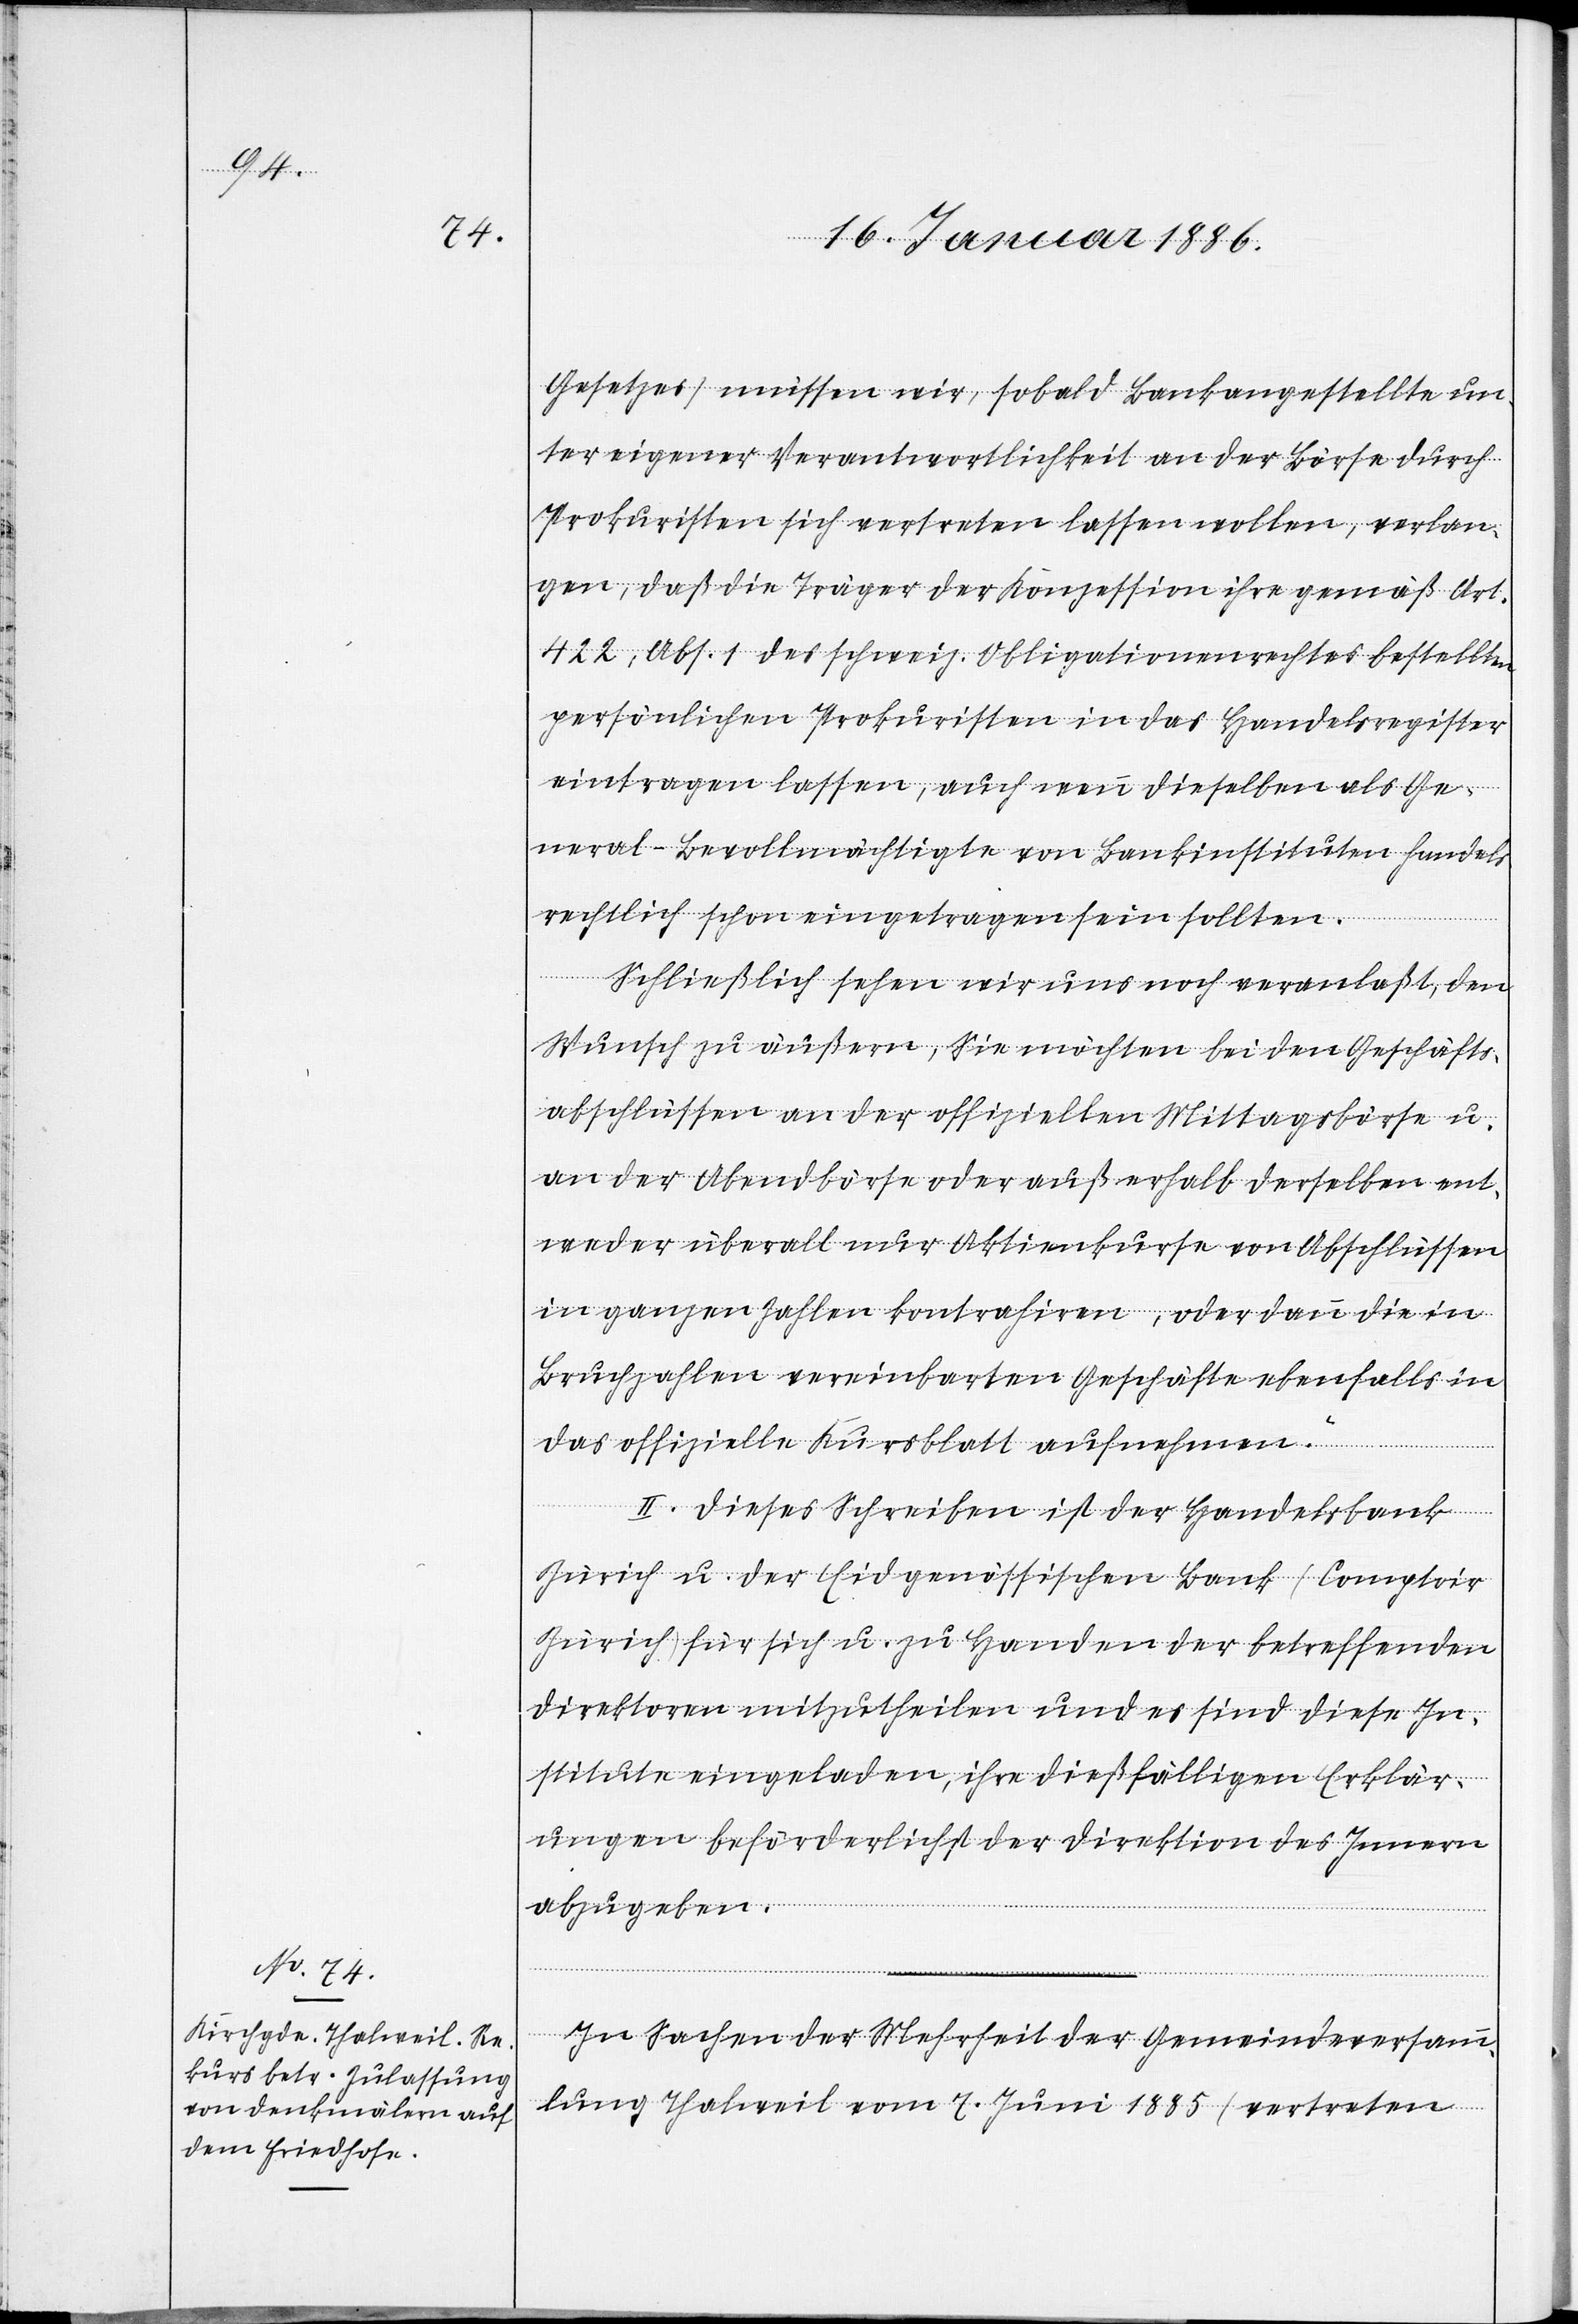
Gesetzes) müssen wir, sobald Bankangestellte un¬
ter eigener Verantwortlichkeit an der Börse durch
Prokuristen sich vertreten lassen wollen, verlan¬
gen, daß die Träger der Konzession ihre gemäß Art.
422, Abs. 1 des schweiz. Obligationenrechts bestellten
persönlichen Prokuristen in das Handelsregister
eintragen lassen, auch wenn dieselben als Ge¬
neral-Bevollmächtigte von Bankinstituten handels¬
rechtlich schon eingetragen sein sollten.
Schließlich sehen wir uns noch veranlaßt, den
Wunsch zu äußern, Sie möchten bei den Geschäfts¬
abschlüssen an der offiziellen Mittagsbörse u.
an der Abendbörse oder außerhalb derselben ent¬
weder überall nur Aktienkurse von Abschlüssen
in ganzen Zahlen kontrahieren, oder dann die in
Bruchzahlen vereinbarten Geschäfte ebenfalls in
das offizielle Kursblatt aufnehmen.“
II. Dieses Schreiben ist der Handelsbank
Zürich u. der Eidgenössischen Bank (Comptoir
Zürich) für sich u. zu Handen der betreffenden
Direktoren mitzutheilen und es sind diese In¬
stitute eingeladen, ihre dießfällige Erklär¬
ungen beförderlichst der Direktion des Innern
abzugeben.
In Sachen der Mehrheit der Gemeindeversamm¬
lung Thalweil vom 7. Juni 1885 (vertreten